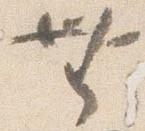
無